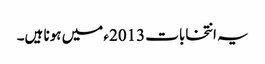
یہ انتخابات 2013ء میں ہونا ہیں۔